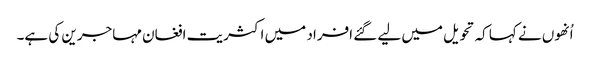
اُنھوں نے کہا کہ تحویل میں لیے گئے افراد میں اکثریت افغان مہاجرین کی ہے۔